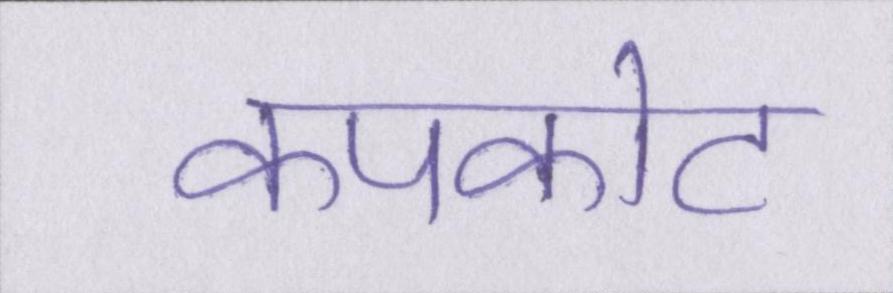
कपकोट